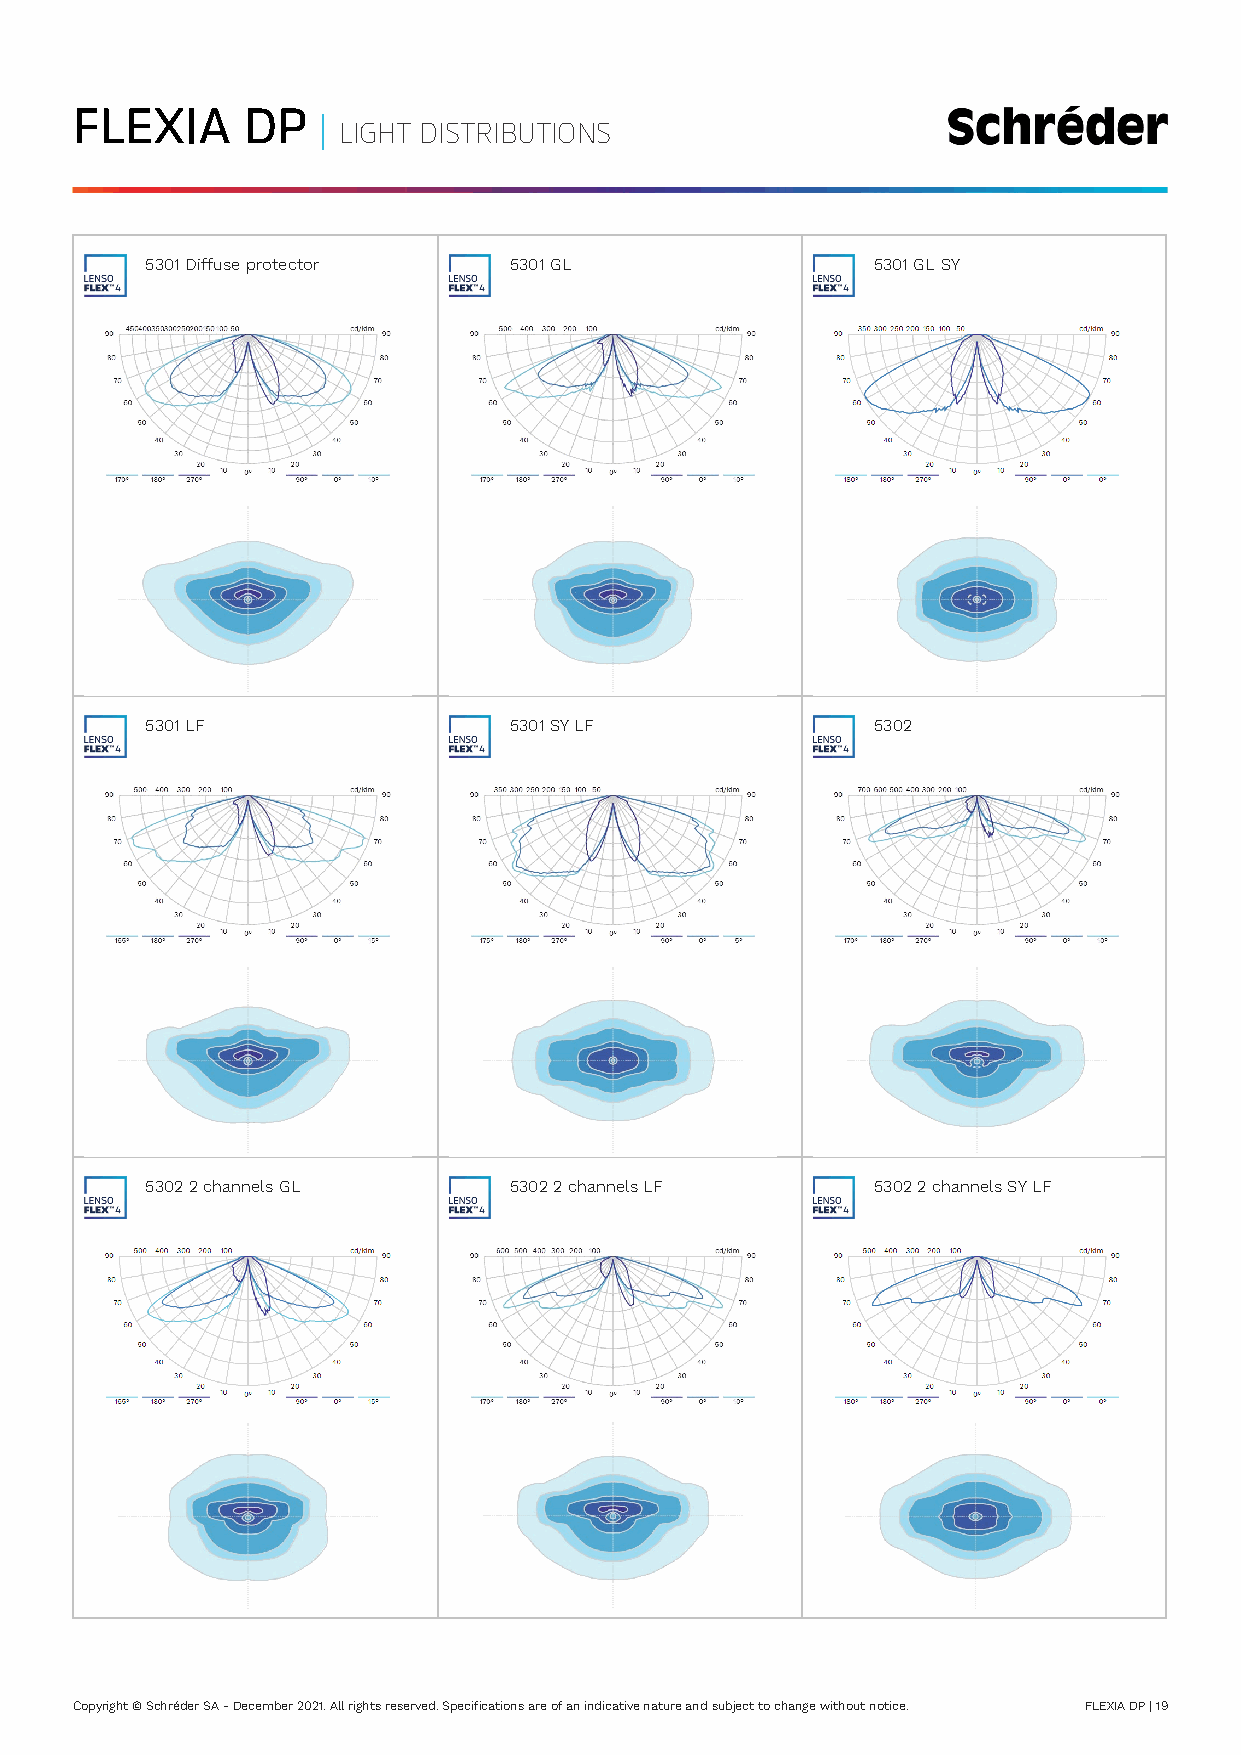
FLEXIA     DP   |
 LIGHT DISTRIBUTIONS
 5301 Diffuse protector  5301 GL                 5301 GL SY
 5301 LF                 5301 SY LF              5302
 5302 2 channels GL      5302 2 channels LF      5302 2 channels SY LF
 Copyright © Schréder SA - December 2021. All rights reserved. Specifications are of an indicative nature and subject to change without notice. FLEXIA DP | 19